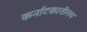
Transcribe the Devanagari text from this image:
कर्नाटकातीलच